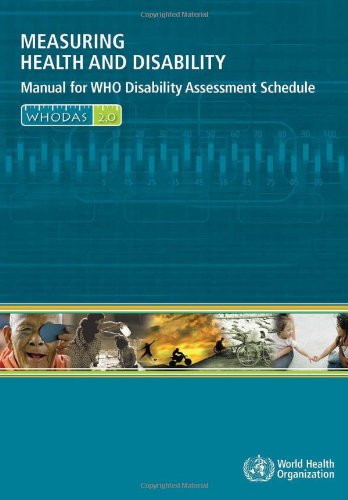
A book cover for Measuring Health and Disability: Manual for WHO Disability Assessment Schedule (WHODAS 2.0); Medical Books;